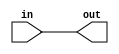
module Wire( input in, output out );
   assign out = in;
endmodule